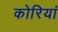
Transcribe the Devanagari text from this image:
कोरियां